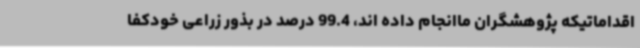
اقداماتیکه پژوهشگران ماانجام داده اند، 99.4 درصد در بذور زراعی خودکفا